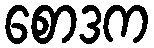
စောဒက